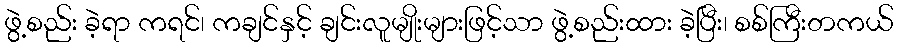
ဖွဲ့စည်း ခဲ့ရာ ကရင်၊ ကချင်နှင့် ချင်းလူမျိုးများဖြင့်သာ ဖွဲ့စည်းထား ခဲ့ပြီး၊ စစ်ကြီးတကယ်